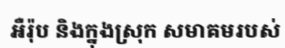
អឺរ៉ុប និងក្នុងស្រុក សមាគមរបស់